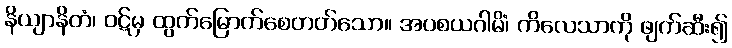
နိယျာနိတံ၊ ဝဋ်မှ ထွက်မြောက်စေတတ်သော။ အပစယဂါမိံ၊ ကိလေသာကို ဖျက်ဆီး၍